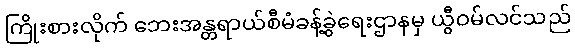
ကြိုးစားလိုက် ဘေးအန္တရာယ်စီမံခန့်ခွဲရေးဌာနမှ ယွီဝမ်လင်သည်